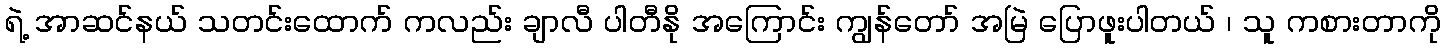
ရဲ့ အာဆင်နယ် သတင်းထောက် ကလည်း ချာလီ ပါတီနို အကြောင်း ကျွန်တော် အမြဲ ပြောဖူးပါတယ် ၊ သူ ကစားတာကို